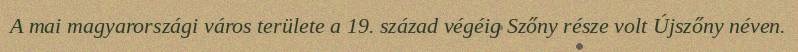
A mai magyarországi város területe a 19. század végéig Szőny része volt Újszőny néven.